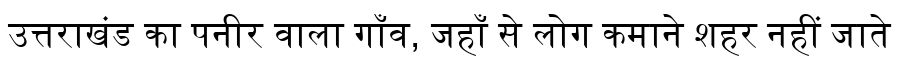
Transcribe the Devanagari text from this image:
उत्तराखंड का पनीर वाला गाँव, जहाँ से लोग कमाने शहर नहीं जाते